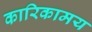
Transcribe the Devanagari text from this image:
कारिकामय